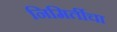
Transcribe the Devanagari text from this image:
निमिर्तीचा